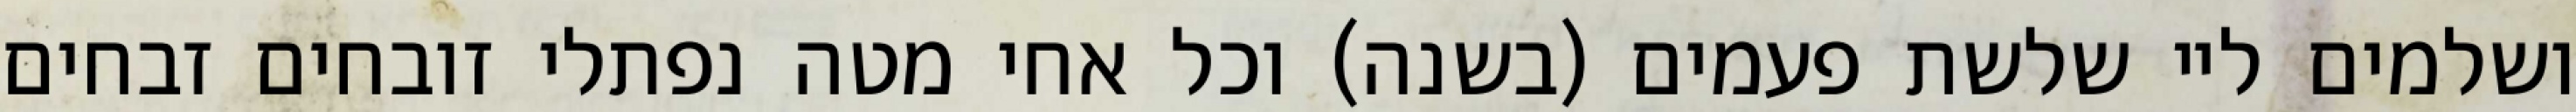
ושלמים ליי שלשת פעמים (בשנה) וכל אחי מטה נפתלי זובחים זבחים